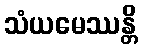
သံယမေဿန္တိ